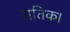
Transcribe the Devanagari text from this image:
गतिक।